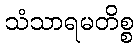
သံသာရမတိစ္စ